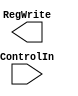
module Control(ControlIn, RegWrite);


input ControlIn;
output RegWrite;

endmodule